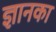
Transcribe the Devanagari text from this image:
ज्ञानका